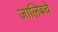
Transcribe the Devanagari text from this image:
जालिबचे